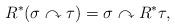
LaTeX: \begin{align*}R^* (\sigma \curvearrowright \tau) = \sigma \curvearrowright R^* \tau,\end{align*}